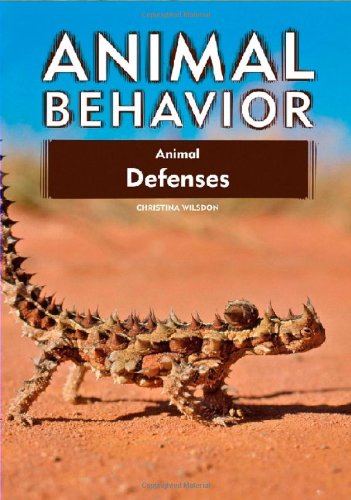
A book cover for Animal Defenses (Animal Behavior); Christina Wilsdon; Children's Books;